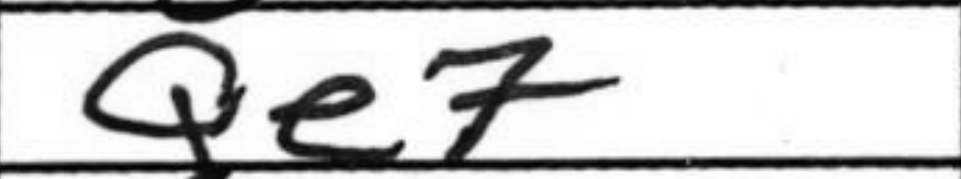
Transcription: Qe7